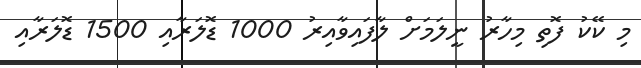
މި ކޭކު ފޮތި މިހާރު ނީލަމަށް ލާފައިވާއިރު 1000 ޑޮލަރާއި 1500 ޑޮލަރާއި